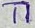
Text: T1